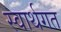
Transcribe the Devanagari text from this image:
स्वार्थगत